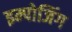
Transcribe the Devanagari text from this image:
इम्पोजिंग